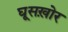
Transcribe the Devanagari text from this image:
घूसख़ोर